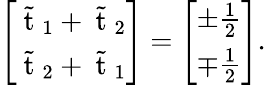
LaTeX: \left[\begin{array}{l}{\tilde{\mathrm{~t~}}_{1}+\tilde{\mathrm{~t~}}_{2}}\\ {\tilde{\mathrm{~t~}}_{2}+\tilde{\mathrm{~t~}}_{1}}\end{array}\right]=\left[\begin{array}{l}{\pm\frac{1}{2}}\\ {\mp\frac{1}{2}}\end{array}\right].